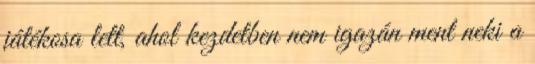
játékosa lett, ahol kezdetben nem igazán ment neki a